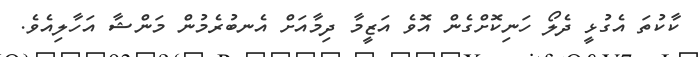
ކާކުތަ އެގުޅީ ދެލޯ ހަނިކޮށްގެން އޮވެ އަޒީމާ ދިމާއަށް އެނބުރެމުން މަންޝާ އަހާލިއެވެ.